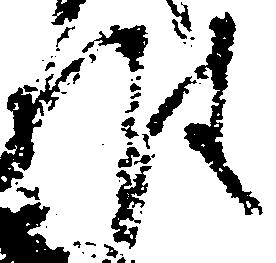
雅